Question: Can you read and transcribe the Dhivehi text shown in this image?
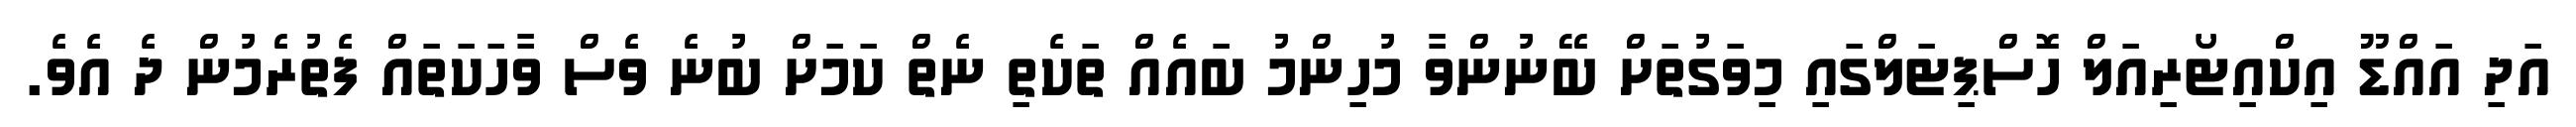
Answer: އަދި އައްޑޫ އިކްއިޓޯރިއަލް ހޮސްޕިޓަލްގައި މިވަގުތަށް ބޭނުންވާ މުހިންމު ބައެއް ތަކެތި ނެތް ކަމަށް ބުނެ ވެސް ވާހަކަތައް ފެތުރެމުން ދެ އެވެ.